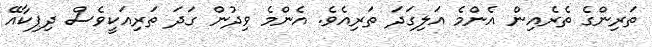
ތަރިންގެ ތެރެއިން އެންމެ އަލިގަދަ ތަރިއެވެ. އެންމެ ވިދުން ގަދަ ތަރިއަކީވެސް ދިޕިކާއޭ